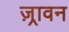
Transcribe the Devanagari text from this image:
ज़्रावन